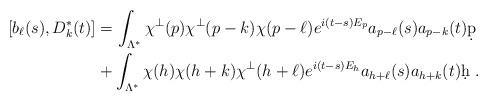
LaTeX: \begin{align*}[b_\ell (s) , D_k^* (t) ]& = \int_{ \Lambda^* }\chi^\perp (p)\chi^\perp(p - k )\chi (p-\ell )e^{ i (t-s)E_p}a_{p- \ell} (s)a_{p - k }(t)\d p \\& + \int_{ \Lambda^* }\chi ( h ) \chi ( h + k )\chi^\perp ( h + \ell )e^{ i (t-s)E_h}a_{ h + \ell } (s)a_{ h + k }(t)\d h \ . \end{align*}